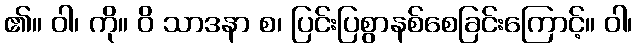
၏။ ဝါ၊ ကို။ ဝိ သာဒနာ စ၊ ပြင်းပြစွာနစ်စေခြင်းကြောင့်။ ဝါ၊